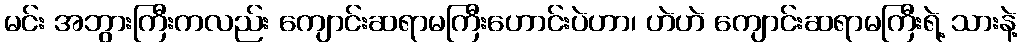
မင်း အဘွားကြီးကလည်း ကျောင်းဆရာမကြီးဟောင်းပဲဟာ၊ ဟဲဟဲ ကျောင်းဆရာမကြီးရဲ့ သားနဲ့